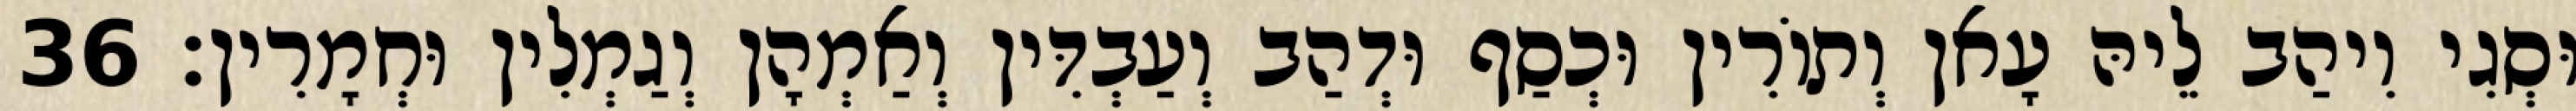
וּסְגִי וִיהַב לֵיהּ עָאן וְתוֹרִין וּכְסַף וּדְהַב וְעַבְדִּין וְאַמְהָן וְגַמְלִין וּחְמָרִין׃ 36